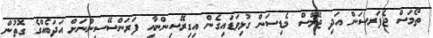
ތޯމަސް ޖެފަރސަން އަދި ޖޭމްސް މެޑިސަން ގުޅިވަޑައިގެން އިގިރޭސިންނާއި ފަރަންސޭސިންނަށް އަދަބެއްގެ ގޮތުން